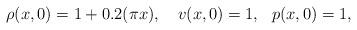
LaTeX: \begin{align*} \rho(x,0) = 1+0.2(\pi x), \ \ \ v(x,0)=1, \ \ p(x,0)=1,\end{align*}